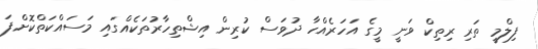
ފިލްމީ ތަރި ރިތިކް ވަނީ މީގެ އަހަރެއްހާ ދުވަސް ކުރިން އިޝްތިހާރުތަކެއްގައި މަސައްކަތްކޮށްފަ